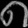
Digit: ၈